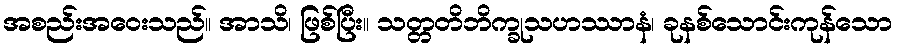
အစည်းအဝေးသည်။ အာသိ၊ ဖြစ်ပြီး။ သတ္တတိဘိက္ခုသဟဿာနံ၊ ခုနစ်သောင်းကုန်သော